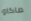
ماكاو